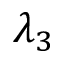
\lambda _ { 3 }